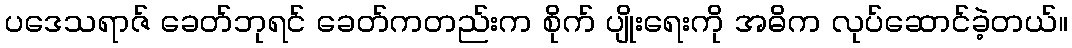
ပဒေသရာဇ် ခေတ်ဘုရင် ခေတ်ကတည်းက စိုက် ပျိုးရေးကို အဓိက လုပ်ဆောင်ခဲ့တယ်။